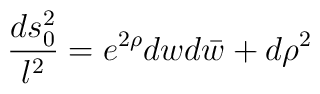
{ds^2_0 \over l^2} = e^{2\rho} dw d\bar w + d\rho^2